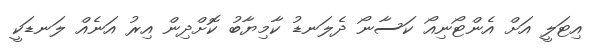
އިޓަލީ އަށް އެންޓޯނިއޯ ކަސާނޯ ދެލަނޑު ކާމިޔާބު ކޮށްދިން އިރު އަނެއް ލަނޑަކީ